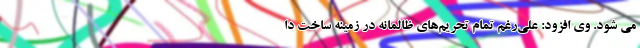
می شود. وی افزود: علی‌رغم تمام تحریم‌های ظالمانه در زمینه ساخت دا